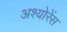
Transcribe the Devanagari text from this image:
अश्योरेंस